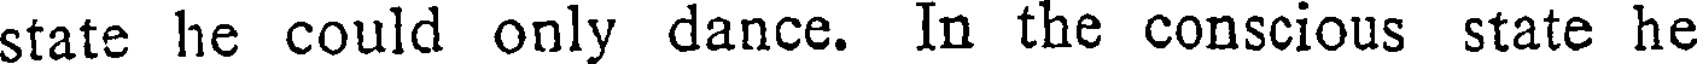
state he could only dance. In the conscious state he